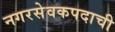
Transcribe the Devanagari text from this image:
नगरसेवकपदाची